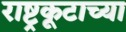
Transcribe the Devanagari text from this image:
राष्ट्रकूटाच्या